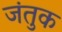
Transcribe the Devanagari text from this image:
जंतुक